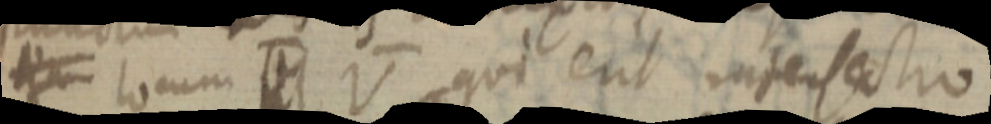
_ locum _ V qui erit intersectio